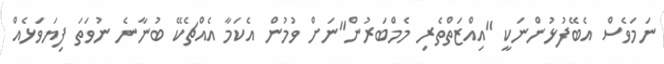
ނަމަވެސް އެބޭފުޅުންނަކީ "އިއްޒަތްތެރި މެމްބަރުން"ނަށް ވުމުން އެކަމާ އެއްޗެކޭ ބުނާނެ ނުވަތަ ފިޔަވަޅެއް